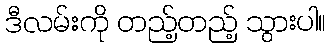
ဒီလမ်းကို တည့်တည့် သွားပါ။